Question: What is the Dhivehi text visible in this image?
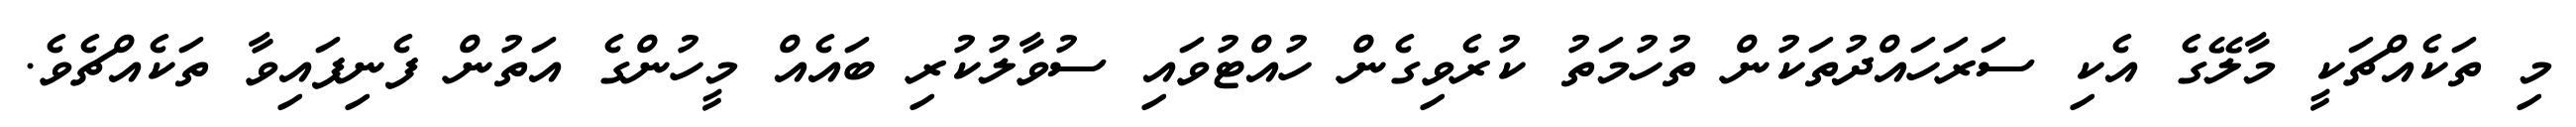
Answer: މި ތަކެއްޗަކީ މާލޭގެ އެކި ސަރަހައްދުތަކުން ތުހުމަތު ކުރެވިގެން ހުއްޓުވައި ސުވާލުކުރި ބައެއް މީހުންގެ އަތުން ފެނިފައިވާ ތަކެއްޗެވެ.